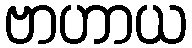
ဗာဟာယ